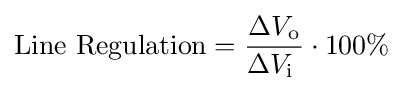
{\text{Line Regulation}}={\frac {\Delta V_{\text{o}}}{\Delta V_{\text{i }}}}\cdot 100\%